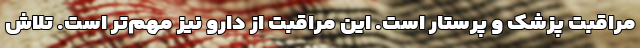
مراقبت پزشک و پرستار است. این مراقبت از دارو نیز مهم‌تر است. تلاش